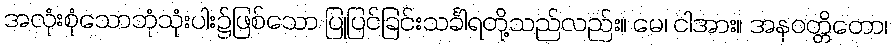
အလုံးစုံသောဘုံသုံးပါး၌ဖြစ်သော ပြုပြင်ခြင်းသင်္ခါရတို့သည်လည်း။ မေ၊ ငါအား။ အနဝတ္တိတော၊